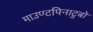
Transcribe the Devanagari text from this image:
माउण्टपिनाटुबो